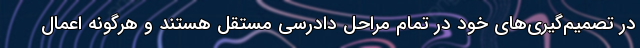
در تصمیم‌گیری‌های خود در تمام مراحل دادرسی مستقل هستند و هرگونه اعمال